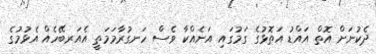
ދެކުނަށް އޮތް އައްޑު އަތޮޅުގެ ގަމުގައި އަނެއްކާ ވެސް ހަނގުރާމަމަތީ އެއަރބޭހެއް އެޅުމުގެ